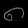
Digit: ၈